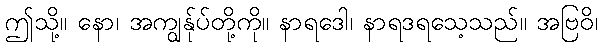
ဤသို့။ နော၊ အကျွန်ုပ်တို့ကို။ နာရဒေါ၊ နာရဒရသေ့သည်။ အဗြဝိ၊